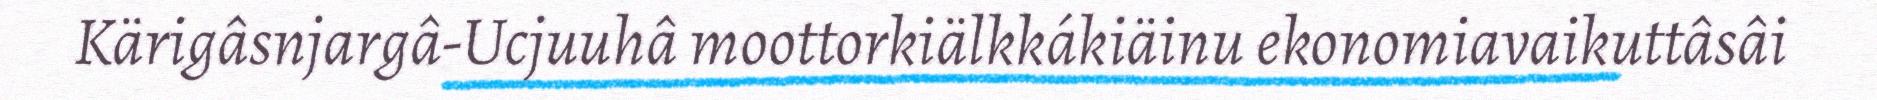
Kärigâsnjargâ-Ucjuuhâ moottorkiälkkákiäinu ekonomiavaikuttâsâi